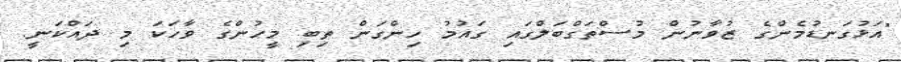
"އަޅުގަނޑުމެންގެ ޒުވާނުން މުސްތަގްބަލްގައި ގައުމު ހިންގަން ތިބި މީހުންގެ ވާހަކަ މި ދައްކަނީ.